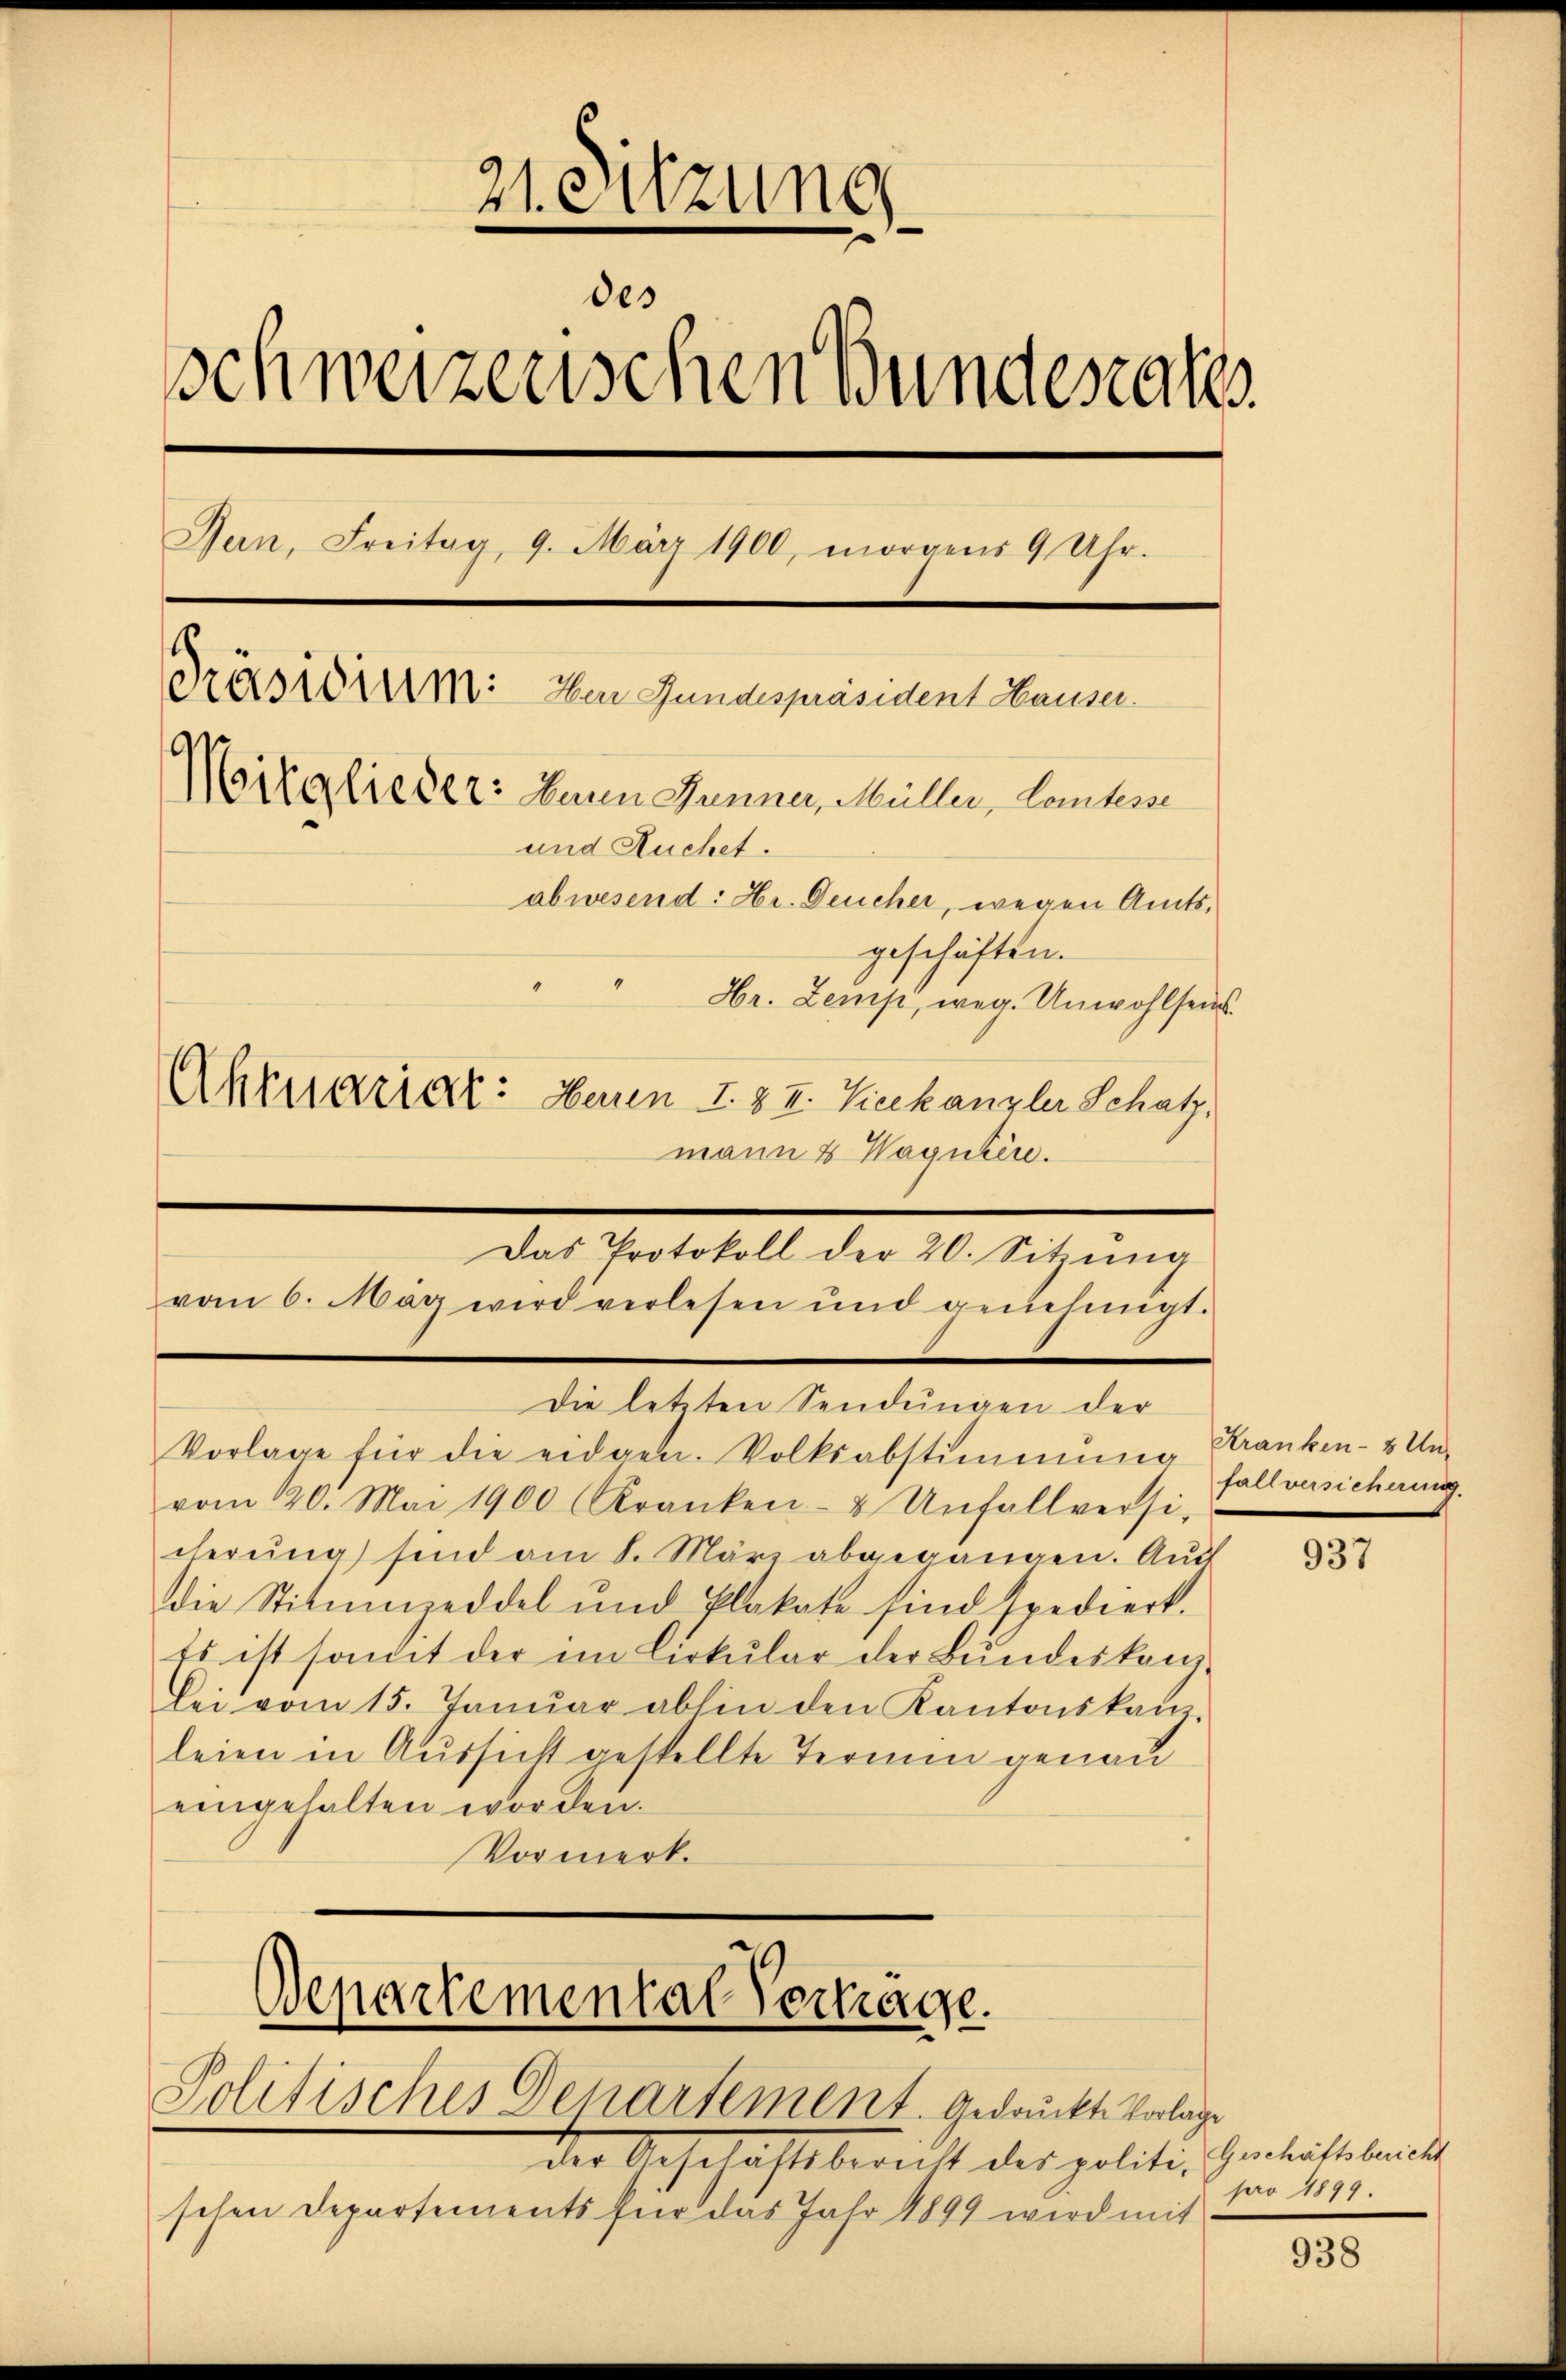
21. Sitzung
des
schweizerischen Bundesrat
Bern, Freitag, 9. März 1900, morgens 9 Uhr.
Präsidium: Der Gundespräsident Hauser.
Mitglieder: Denn Dunner, Müller, Comtesse
und Ruchet.
abwesend: Hr. Deucher, wegen Amtsgeschäften.
e
Hr. Zemp, weg. Unwohlsei
Aktuariat: Herren I. & II. Vicekanzler Schatz,
mann & Waguhin.

Das Protokoll der 20. Sitzŭng
vom 6. May wird verlesen und genehmigt.

Die letzten Sendungen der
Vorlage für die eidgen. Volksabstimmung Kranken- & Un-
vom 120. Mai 1900 (Kranken- & Unfallversi-
cherŭng sind am 8. März abgegangen. Aŭf
die Stitumzeddel und Plakate sind spediert.
Es ist somit der im Cirkular der Bŭndeskanz-
lei vom 15. Janŭar abhin den Kantonskanz-
leien in Aussicht gestellte Termin genau
eingehalten worden.
Vormerk.
Departemental Vertrage.
Politisches Departement gedruckte Vorlage
Der Geselachtsbericht der politi
schen Departements für das Jahr 1899 wird mit

fallversicherung

937

938

Geschäftsbericht
pro 1899.